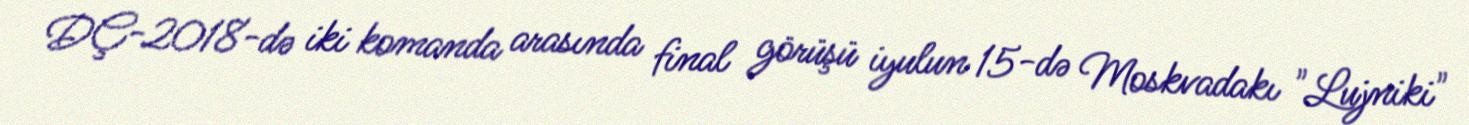
DÇ-2018-də iki komanda arasında final görüşü iyulun 15-də Moskvadakı "Lujniki"